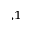
^ { , 1 }